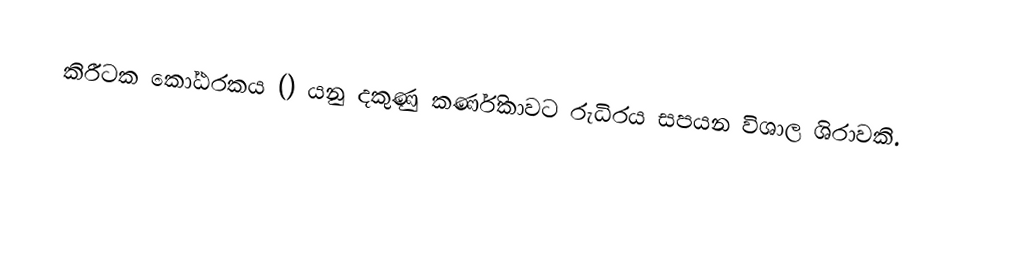
කිරීටක කෝඨරකය () යනු දකුණු කර්ණිකාවට රුධිරය සපයන විශාල ශිරාවකි.